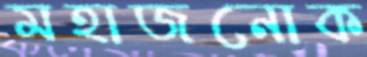
মহাজনোক